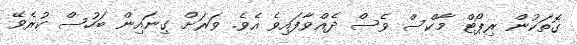
ގޮތަކުން ރިޕޯޓް މާކްސް ވެސް ދެއްވާފައިވެ އެވެ. ވަރަށް ގިނައިން ބަހުސް ކުރެވޭ